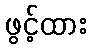
ဖွင့်ထား